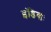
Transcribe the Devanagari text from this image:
इंडियाः